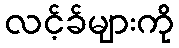
လင့်ခ်များကို